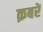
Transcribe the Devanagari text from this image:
क़बरें